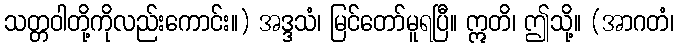
သတ္တဝါတို့ကိုလည်းကောင်း။) အဒ္ဒသံ၊ မြင်တော်မူရပြီ။ ဣတိ၊ ဤသို့။ (အာဂတံ၊